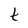
Character: t